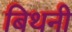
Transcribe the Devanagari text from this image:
बिथनी